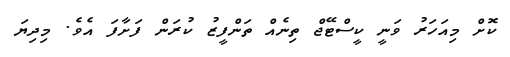
ކޮށް މިއަހަރު ވަނީ ކީސްޓޭޖް ތިނެއް ތަންފީޒު ކުރަން ފަށާފަ އެވެ. މިިދިޔަ